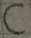
Text: C